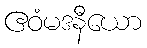
ဧဝံမဒနီယော